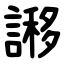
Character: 謻